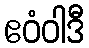
ဧဝံဝါဒီ